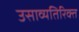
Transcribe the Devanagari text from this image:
उसाव्यतिरिक्त